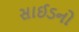
સાઈડનો